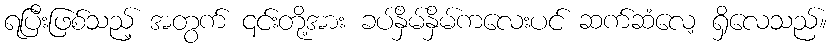
ရပြီးဖြစ်သည့် အတွက် ၎င်းတို့အား ခပ်နှိမ်နှိမ်ကလေးပင် ဆက်ဆံလေ့ ရှိလေသည်။